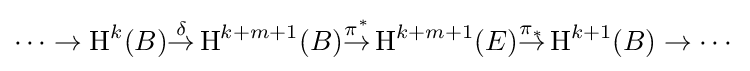
\cdots \rightarrow \operatorname {H} ^{k}(B){\overset {\delta }{\to }}\operatorname {H} ^{k+m+1}(B){\overset {\pi ^{*}}{\rightarrow }}\operatorname {H} ^{k+m+1}(E){\overset {\pi _{*}}{\rightarrow }}\operatorname {H} ^{k+1}(B)\rightarrow \cdots